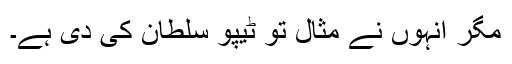
مگر انہوں نے مثال تو ٹیپو سلطان کی دی ہے۔